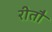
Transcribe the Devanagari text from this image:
रीतौ